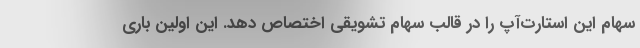
سهام این استارت‌آپ را در قالب سهام تشویقی اختصاص دهد. این اولین‌ باری